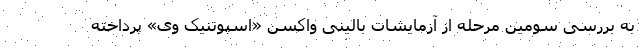
به بررسی سومین مرحله از آزمایشات بالینی واکسن «اسپوتنیک وی» پرداخته